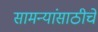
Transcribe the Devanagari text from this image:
सामन्यांसाठीचे